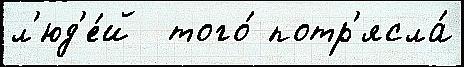
л'юд'е́й  того́ потр'ясла́